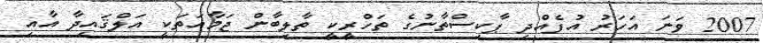
2007 ވަނަ އަހަރު އުފެއްދި ޕާކިސްތާނުގެ ތަހްރީކީ ތާލިބާން ޖަމާއަތަކީ އަލްޤައިދާ އާއި